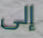
إلى